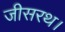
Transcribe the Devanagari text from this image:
जीसरथ।